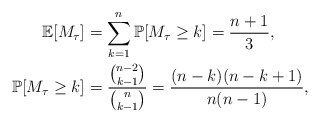
\begin{align*}\mathbb{E}[M_{\tau}]&=\sum_{k=1}^{n}\mathbb{P}[M_{\tau}\ge k]=\frac{n+1}{3},\\\,\,~\mathbb{P}[M_{\tau}\ge k]&=\frac{\binom{n-2}{k-1}}{\binom{n}{k-1}}=\frac{(n-k)(n-k+1)}{n(n-1)},\end{align*}